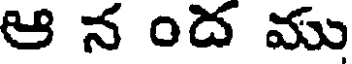
ఆ న ంద ము